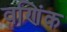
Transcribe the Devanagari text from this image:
वणिंक